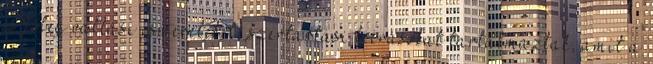
és főleg vallási ismereteket, szertartási leírásokat tartalmaztak, amit a